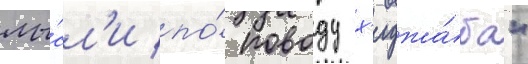
мы́сл'и по́ поводу х'иджа́ба"